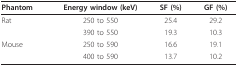
<table><thead><tr><td><b>Phantom</b></td><td><b>Energy window (keV)</b></td><td><b>SF (%)</b></td><td><b>GF (%)</b></td></tr></thead><tbody><tr><td>Rat</td><td>250 to 550</td><td>25.4</td><td>29.2</td></tr><tr><td></td><td>390 to 550</td><td>19.3</td><td>10.3</td></tr><tr><td>Mouse</td><td>250 to 590</td><td>16.6</td><td>19.1</td></tr><tr><td></td><td>400 to 590</td><td>13.7</td><td>10.2</td></tr></tbody></table>